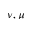
\nu , \mu